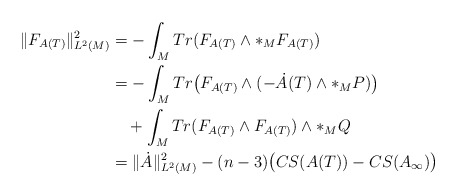
\begin{align*}\|F_{A(T)}\|^{2}_{L^{2}(M)}&=-\int_{M}Tr(F_{A(T)}\wedge\ast_{M}F_{A(T)})\\&=-\int_{M}Tr\big{(}F_{A(T)}\wedge(-\dot{A}(T)\wedge\ast_{M}P)\big{)}\\&\quad+\int_{M}Tr(F_{A(T)}\wedge F_{A(T)})\wedge\ast_{M}Q\\&=\|\dot{A}\|_{L^{2}(M)}^{2}-(n-3)\big{(}CS(A(T))-CS(A_{\infty})\big{)}\\\end{align*}